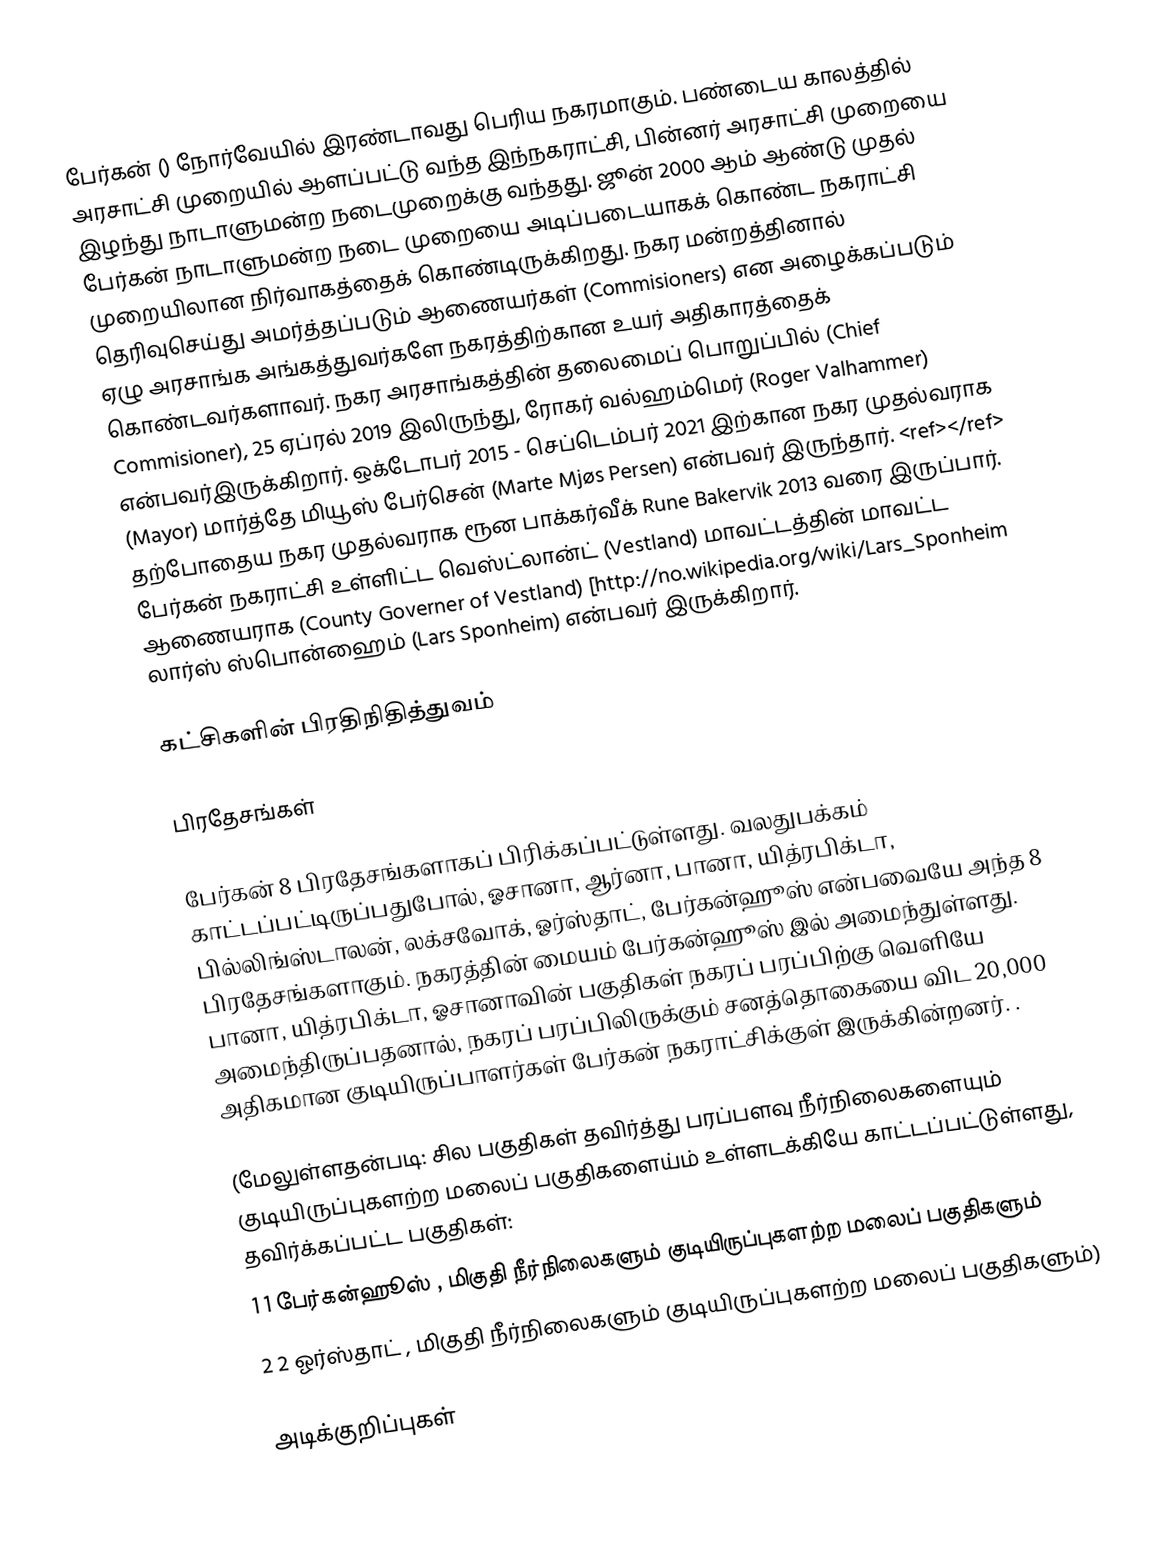
பேர்கன் () நோர்வேயில் இரண்டாவது பெரிய நகரமாகும். பண்டைய காலத்தில் அரசாட்சி முறையில் ஆளப்பட்டு வந்த இந்நகராட்சி, பின்னர் அரசாட்சி முறையை இழந்து நாடாளுமன்ற நடைமுறைக்கு வந்தது. ஜூன் 2000 ஆம் ஆண்டு முதல் பேர்கன் நாடாளுமன்ற நடை முறையை அடிப்படையாகக் கொண்ட நகராட்சி முறையிலான நிர்வாகத்தைக் கொண்டிருக்கிறது. நகர மன்றத்தினால் தெரிவுசெய்து அமர்த்தப்படும் ஆணையர்கள் (Commisioners)  என அழைக்கப்படும் ஏழு அரசாங்க அங்கத்துவர்களே நகரத்திற்கான உயர் அதிகாரத்தைக் கொண்டவர்களாவர். நகர அரசாங்கத்தின் தலைமைப் பொறுப்பில் (Chief Commisioner), 25 ஏப்ரல் 2019 இலிருந்து, ரோகர் வல்ஹம்மெர் (Roger Valhammer) என்பவர்இருக்கிறார். ஒக்டோபர் 2015 - செப்டெம்பர் 2021 இற்கான நகர முதல்வராக (Mayor)  மார்த்தே மியூஸ் பேர்சென் (Marte Mjøs Persen) என்பவர் இருந்தார். <ref></ref> தற்போதைய நகர முதல்வராக ரூன பாக்கர்வீக் Rune Bakervik 2013 வரை இருப்பார். பேர்கன் நகராட்சி உள்ளிட்ட வெஸ்ட்லான்ட் (Vestland) மாவட்டத்தின் மாவட்ட ஆணையராக (County Governer of Vestland) [http://no.wikipedia.org/wiki/Lars_Sponheim லார்ஸ் ஸ்பொன்ஹைம் (Lars Sponheim) என்பவர் இருக்கிறார்.

கட்சிகளின் பிரதிநிதித்துவம்

பிரதேசங்கள்

பேர்கன் 8 பிரதேசங்களாகப் பிரிக்கப்பட்டுள்ளது. வலதுபக்கம் காட்டப்பட்டிருப்பதுபோல், ஓசானா, ஆர்னா, பானா, யித்ரபிக்டா, பில்லிங்ஸ்டாலன், லக்சவோக், ஓர்ஸ்தாட், பேர்கன்ஹூஸ் என்பவையே அந்த 8 பிரதேசங்களாகும். நகரத்தின் மையம் பேர்கன்ஹூஸ் இல் அமைந்துள்ளது. பானா, யித்ரபிக்டா, ஓசானாவின் பகுதிகள் நகரப் பரப்பிற்கு வெளியே அமைந்திருப்பதனால், நகரப் பரப்பிலிருக்கும் சனத்தொகையை விட 20,000 அதிகமான குடியிருப்பாளர்கள் பேர்கன் நகராட்சிக்குள் இருக்கின்றனர்.  .

(மேலுள்ளதன்படி: சில பகுதிகள் தவிர்த்து பரப்பளவு நீர்நிலைகளையும் குடியிருப்புகளற்ற மலைப் பகுதிகளைய்ம் உள்ளடக்கியே காட்டப்பட்டுள்ளது, தவிர்க்கப்பட்ட பகுதிகள்:
1 1 பேர்கன்ஹூஸ் , மிகுதி நீர்நிலைகளும் குடியிருப்புகளற்ற மலைப் பகுதிகளும்
2 2 ஓர்ஸ்தாட் , மிகுதி நீர்நிலைகளும் குடியிருப்புகளற்ற மலைப் பகுதிகளும்)

அடிக்குறிப்புகள்